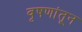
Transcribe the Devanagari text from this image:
वृषणांतून